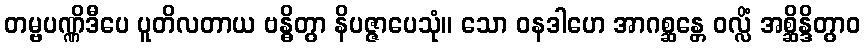
တမ္ဗပဏ္ဏိဒီပေ ပူတိလတာယ ဗန္ဓိတွာ နိပဇ္ဇာပေသုံ။ သော ဝနဒါဟေ အာဂစ္ဆန္တေ ဝလ္လိံ အစ္ဆိန္ဒိတွာဝ